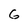
Character: G